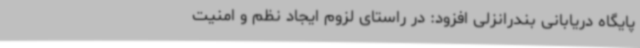
پایگاه دریابانی بندرانزلی افزود: در راستای لزوم ایجاد نظم و امنیت